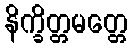
နိက္ခိတ္တမတ္တေ